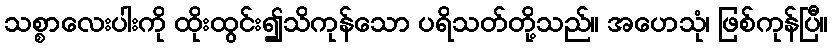
သစ္စာလေးပါးကို ထိုးထွင်း၍သိကုန်သော ပရိသတ်တို့သည်။ အဟေသုံ၊ ဖြစ်ကုန်ပြီ။